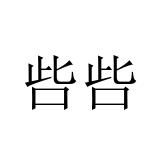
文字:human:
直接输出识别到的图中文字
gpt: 呰呰